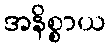
အနိစ္စာယ